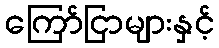
ကြော်ငြာများနှင့်